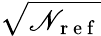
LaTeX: \sqrt{\mathscr{N}_{\mathrm{~r~e~f~}}}